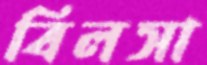
বিলসা